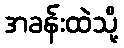
အခန်းထဲသို့